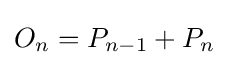
O_{n}=P_{n-1}+P_{n}